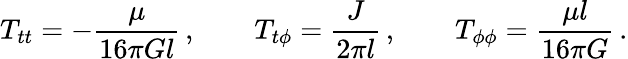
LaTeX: T_{tt}=-\frac{\mu}{16\pi Gl}\, ,\qquad T_{t\phi}=\frac{J}{2\pi l}\, ,\qquad T_{\phi\phi}=\frac{\mu l}{16\pi G}\, .